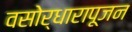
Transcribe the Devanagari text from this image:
वसोर्धारापूजन